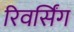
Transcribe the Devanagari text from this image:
रिवर्सिंग